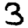
Digit: 3